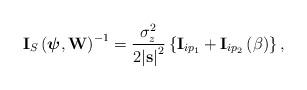
LaTeX: \begin{align*}\begin{aligned}{\textbf{I}_S}\left(\boldsymbol{\psi} ,{{\textbf{W}}}\right)^{-1}= \frac{{{\sigma_z ^2}}}{{2{{\lvert\textbf{s}\rvert}^2}}}\left\{ {{{\bf{I}}_{i{p_1}}} + {{\bf{I}}_{i{p_2}}}\left(\beta \right)} \right\},\end{aligned}\end{align*}